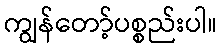
ကျွန်တော့်ပစ္စည်းပါ။